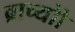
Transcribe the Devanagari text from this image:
ब्राच्योो